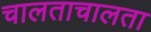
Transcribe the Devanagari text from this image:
चालताचालता